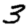
Digit: 3